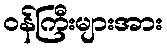
ဝန်ကြီးများအား